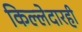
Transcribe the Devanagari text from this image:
किल्लेदारही